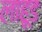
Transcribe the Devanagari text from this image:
लाहूड